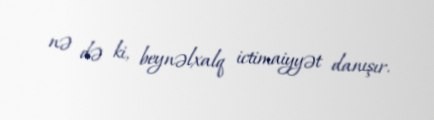
nə də ki, beynəlxalq ictimaiyyət danışır.